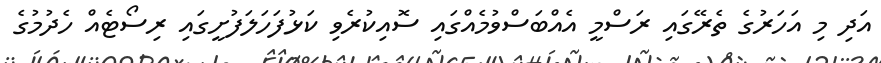
އަދި މި އަހަރުގެ ތެރޭގައި ރަސްމީ އެއްބަސްވުމެއްގައި ސޮއިކުރެވި ކަޅުފަހަލަފުށީގައި ރިސޯޓެއް ހެދުމުގެ